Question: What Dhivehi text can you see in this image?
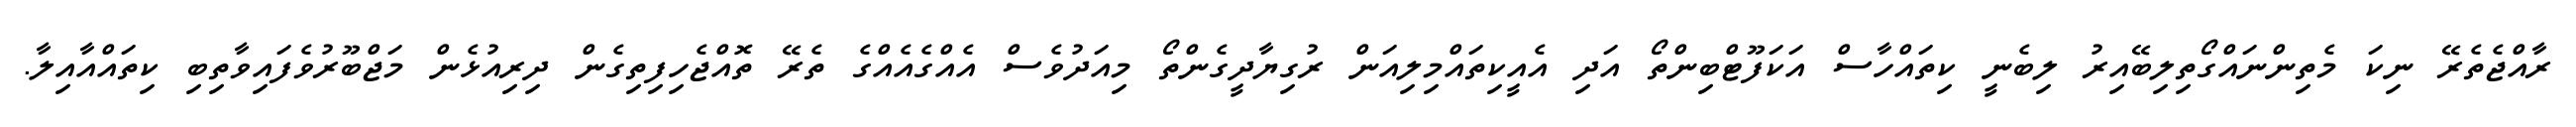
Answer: ރާއްޖެތެރޭ ނިކަ މެތިންނައްގޯތިލިބޭއިރު ލިބެނީ ކިތައްހާސް އަކަފޫޓްބިންތޯ އަދި އެއީކިތައްމިލިއަން ރުގިޔާދީގެންތޯ މިއަދުވެސް އެއްގެއެއްގެ ތެރޭ ތޮއްޖެހިފިތިގެން ދިރިއުޅެން މަޖްބޫރުވެފައިވާތިބި ކިތައްއާއިލާ.